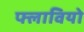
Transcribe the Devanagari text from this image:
फ्लावियो